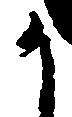
か